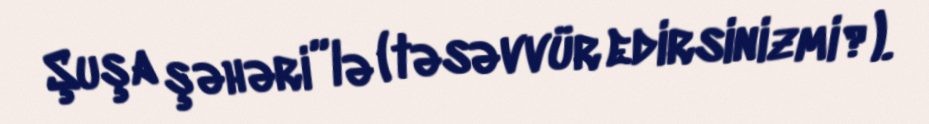
Şuşa şəhəri”lə (təsəvvür edirsinizmi?).